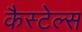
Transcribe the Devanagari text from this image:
कैस्टेल्स